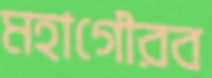
মহাগৌরব